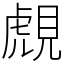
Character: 覤